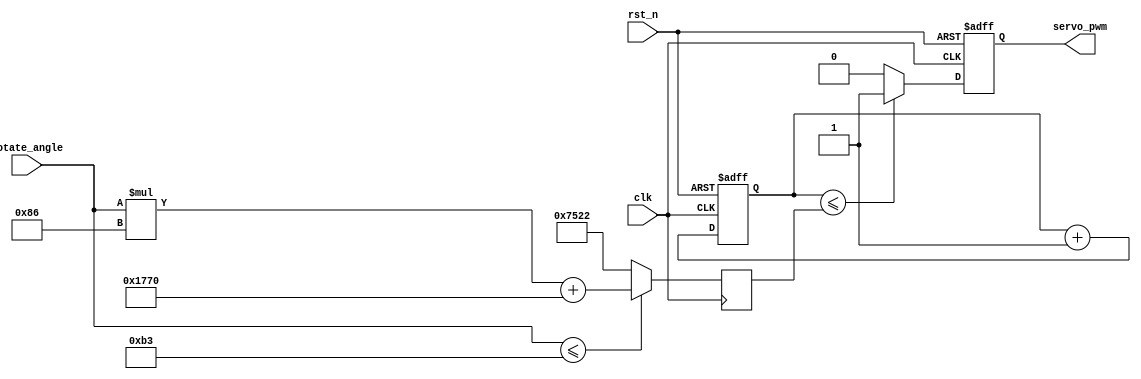
module servo (
	input   			clk, rst_n,
	// Since a servo does not rotate beyond 180 degrees, use 8-bit is enough (0 - 255)
	input 	[7:0]		rotate_angle,	// Rotation degrees in Binary form
	output	reg			servo_pwm
);

localparam  	CNT_20MS = 240_000;		// 240000 counts means 20ms 
localparam	 	UpLimit = 179;			

reg [15:0] cnt;

	
always @(posedge clk or negedge rst_n) begin
    if(!rst_n) 
		cnt <= 1'b0;
    else if(cnt == (CNT_20MS-1)) 
		cnt <= 1'b0;
    else 
		cnt <= cnt + 1'b1;
end

/******************************  This code controls the rotational angle of the servo motor *********************************/
// 	For a 12MHz clock, 0.5ms - 2.5ms pulse width corresponds to 6000 to 30000 counts, reserve a 16 bit width register
reg [15:0] cnt_degree;	

// rotation angle within 180 degrees is calculated by: 6000 + rotate_angle * 134 (for rotate_angle < 179) 
always @(posedge clk) begin 
	if (rotate_angle <= 179)
		cnt_degree <= rotate_angle * 19'd134 + 19'd6000;
		
	else	// for rotation_angle higher than 179 degree, set it to 179
		cnt_degree <= UpLimit * 19'd134 + 19'd6000;
end

/******************************************  Generates the angle-encoded PWM *********************************************/
always @(posedge clk or negedge rst_n) begin
    if(!rst_n) 
		servo_pwm <= 1'b0;
    else 
		servo_pwm <= (cnt <= cnt_degree)? 1'b1:1'b0;
end
endmodule